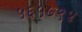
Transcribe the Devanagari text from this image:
५६५७९४